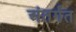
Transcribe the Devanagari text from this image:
अंतर्गंत